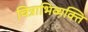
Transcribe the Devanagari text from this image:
चित्राभिव्यक्ति